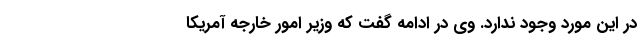
در این مورد وجود ندارد. وی در ادامه گفت که وزیر امور خارجه آمریکا